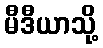
မီဒီယာသို့